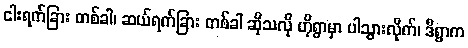
ငါးရက်ခြား တစ်ခါ၊ ဆယ်ရက်ခြား တစ်ခါ ဆိုသလို ဟိုရွာမှာ ပါသွားလိုက်၊ ဒီရွာက